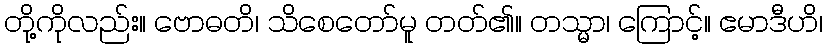
တို့ကိုလည်း။ ဗောဓတိ၊ သိစေတော်မူ တတ်၏။ တသ္မာ၊ ကြောင့်။ ဧမာဒီဟိ၊